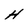
Character: H